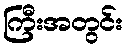
ကြီးအတွင်း